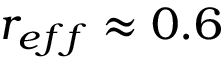
r _ { e f f } \approx 0 . 6